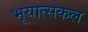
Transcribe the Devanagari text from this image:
भूयात्सकल